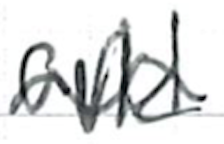
Text: and
Cross-out: wave
Writing tool: ballpoint